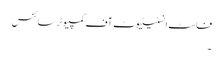
فاسٹ انسٹیٹیوٹ آف کمپیوٹر سائنس
۔